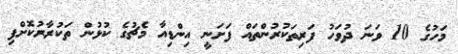
މަހުގެ 10 ވަނަ ދުވަހު ފަރިތަކުރުންތައް ފަށަނީ އިންޑިއާ މެޗުގެ ކުޅުން ތަކުރާރުކޮށްފި